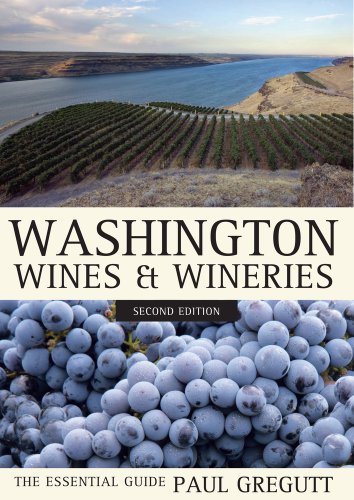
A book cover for Washington Wines and Wineries: The Essential Guide; Paul Gregutt; Cookbooks, Food & Wine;